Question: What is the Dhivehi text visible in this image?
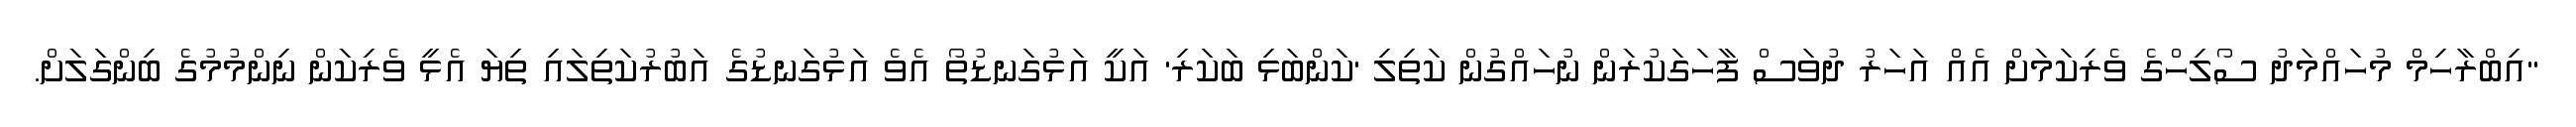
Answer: "އިބްރާހިމް މުހައްމަދު ސޯލިހްގެ ވެރިކަމަށް އެއް އަހަރު ދުވަސް ފާހަގަކުރަން ނުހައްގުން ކަތިލި 'ކަންބަޅި ބަކަރި' އަކީ އަޅުގަނޑުތޯ އެވެ އަޅުގަނޑުގެ އަބުރުކަތިލައި ތިޔަ އެޅީ ވެރިކަން ނިންމުމުގެ ބިންގަލަށް.